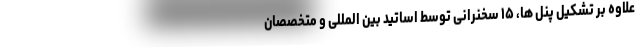
علاوه بر تشکیل پنل ها، ۱۵ سخنرانی توسط اساتید بین المللی و متخصصان